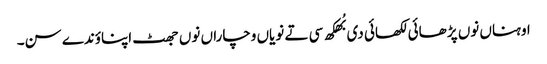
اوہناں نوں پڑ ھائی لکھائی دی بُھکھ سی تے نویاں وچاراں نوں جھٹ اپناؤندے سن۔